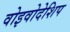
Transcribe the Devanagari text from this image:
वोइवोदेशिप